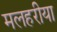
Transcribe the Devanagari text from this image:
मलहरीया